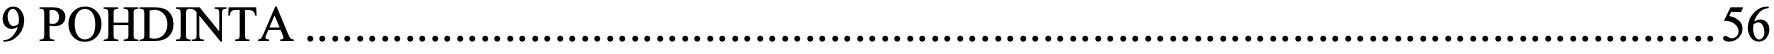
9 POHDINTA ................................................................................................................. 56